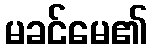
မခင်မေ၏